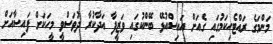
މަންމަގެ ރައްޓެހިކަމުގައި ގެއަށް އައިސްއުޅޭ ބޭންކުގައި ވަޒީފާ އަދާކުރާ ދުވަސްވީ މީހަކަށް ފައިސާއަށް